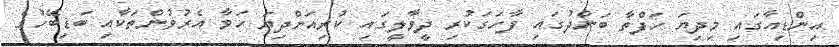
އިންޑިއާގައި މިދިޔަ ހަފްތާ ބަންދުގައި ފާހަގަކުރި ދީވާލީގައި ކުރިއަށްދިޔަ ހަވާ އެރުވުންތަކާއި ބަޑިބޭހުގެ